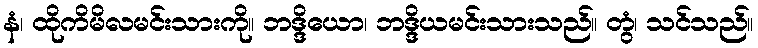
နံ၊ ထိုကိမိလမင်းသားကို။ ဘဒ္ဒိယော၊ ဘဒ္ဒိယမင်းသားသည်။ တွံ၊ သင်သည်။